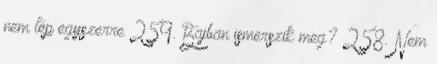
nem lép egyszerre 259. Bajban ismerszik meg? 258. Nem